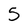
Character: 5